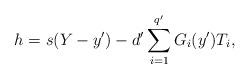
LaTeX: \begin{align*}h=s(Y-y')-d'\sum_{i=1}^{q'}G_i(y')T_i,\end{align*}